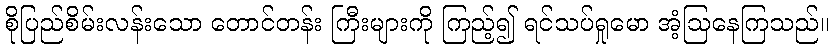
စိုပြည်စိမ်းလန်းသော တောင်တန်း ကြီးများကို ကြည့်၍ ရင်သပ်ရှုမော အံ့ဩနေကြသည်။